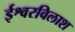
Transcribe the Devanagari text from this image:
ईश्वरविलाश